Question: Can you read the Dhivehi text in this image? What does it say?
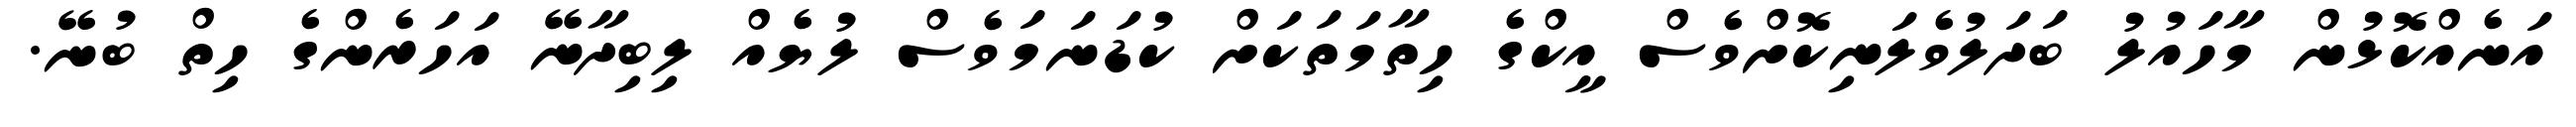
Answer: އަނެއްކޮޅުން މާހައުލު ބަދަލުވެލަނިކޮށްވެސް އީކްގެ ހިތާމަތަކަށް ކުޑަނަމަވެސް ލުޔެއް ލިބިދާނޭ އަހަރެންގެ ހިތް ބުނޭ.